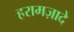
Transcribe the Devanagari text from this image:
हरामज़ादे